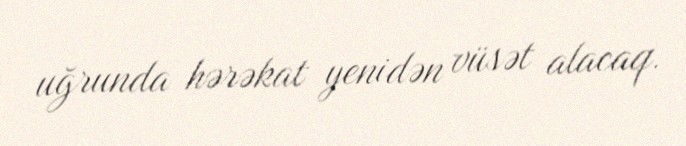
uğrunda hərəkat yenidən vüsət alacaq.